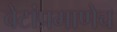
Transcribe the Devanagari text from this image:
बेटांप्रमाणेच